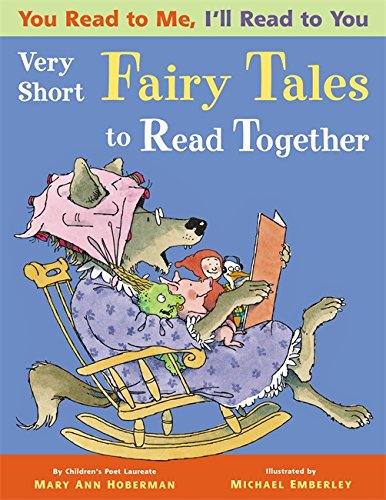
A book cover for You Read to Me, I'll Read to You: Very Short Fairy Tales to Read Together; Mary Ann Hoberman; Children's Books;